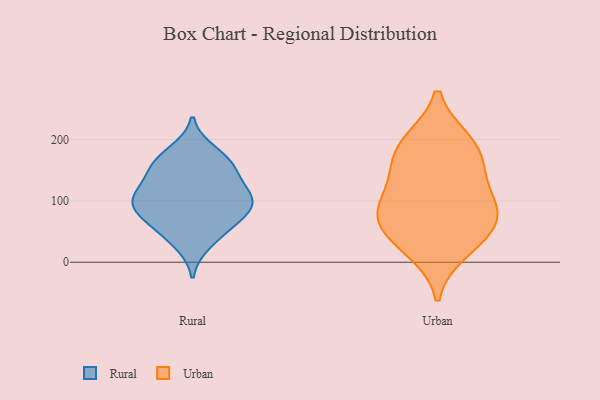
{"axis": {"x": "LTV (USD)", "y": "Value"}, "legend": ["Rural", "Urban"], "data": [{"x": "", "y": 113, "type": "Rural"}, {"x": "", "y": 107, "type": "Rural"}, {"x": "", "y": 62, "type": "Rural"}, {"x": "", "y": 90, "type": "Rural"}, {"x": "", "y": 144, "type": "Rural"}, {"x": "", "y": 100, "type": "Rural"}, {"x": "", "y": 74, "type": "Rural"}, {"x": "", "y": 30, "type": "Rural"}, {"x": "", "y": 51, "type": "Rural"}, {"x": "", "y": 158, "type": "Rural"}, {"x": "", "y": 181, "type": "Rural"}, {"x": "", "y": 169, "type": "Rural"}, {"x": "", "y": 147, "type": "Rural"}, {"x": "", "y": 91, "type": "Rural"}, {"x": "", "y": 106, "type": "Rural"}, {"x": "", "y": 196, "type": "Urban"}, {"x": "", "y": 70, "type": "Urban"}, {"x": "", "y": 62, "type": "Urban"}, {"x": "", "y": 165, "type": "Urban"}, {"x": "", "y": 153, "type": "Urban"}, {"x": "", "y": 89, "type": "Urban"}, {"x": "", "y": 19, "type": "Urban"}, {"x": "", "y": 197, "type": "Urban"}, {"x": "", "y": 116, "type": "Urban"}, {"x": "", "y": 86, "type": "Urban"}, {"x": "", "y": 37, "type": "Urban"}]}